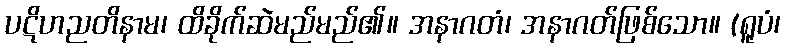
ပဋိဟညတိနာမ၊ ထိခိုက်ဆဲမည်မည်၏။ အနာဂတံ၊ အနာဂတ်ဖြစ်သော။ (ရူပံ၊